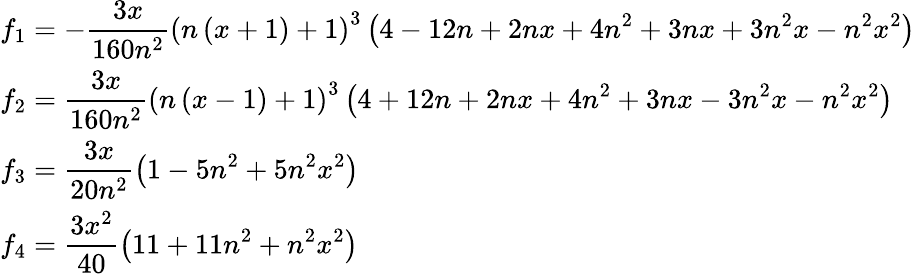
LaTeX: \begin{array}{lcl}{f_{1}=\displaystyle-\frac{3x}{160n^{2}}\left(n\left(x+1\right)+1\right)^{3}\left(4-12n+2nx+4n^{2}+3nx+3n^{2}x-n^{2}x^{2}\right)}\\ {f_{2}=\displaystyle\frac{3x}{160n^{2}}\left(n\left(x-1\right)+1\right)^{3}\left(4+12n+2nx+4n^{2}+3nx-3n^{2}x-n^{2}x^{2}\right)}\\ {f_{3}=\displaystyle\frac{3x}{20n^{2}}\left(1-5n^{2}+5n^{2}x^{2}\right)}\\ {f_{4}=\displaystyle\frac{3x^{2}}{40}\left(11+11n^{2}+n^{2}x^{2}\right)}\end{array}